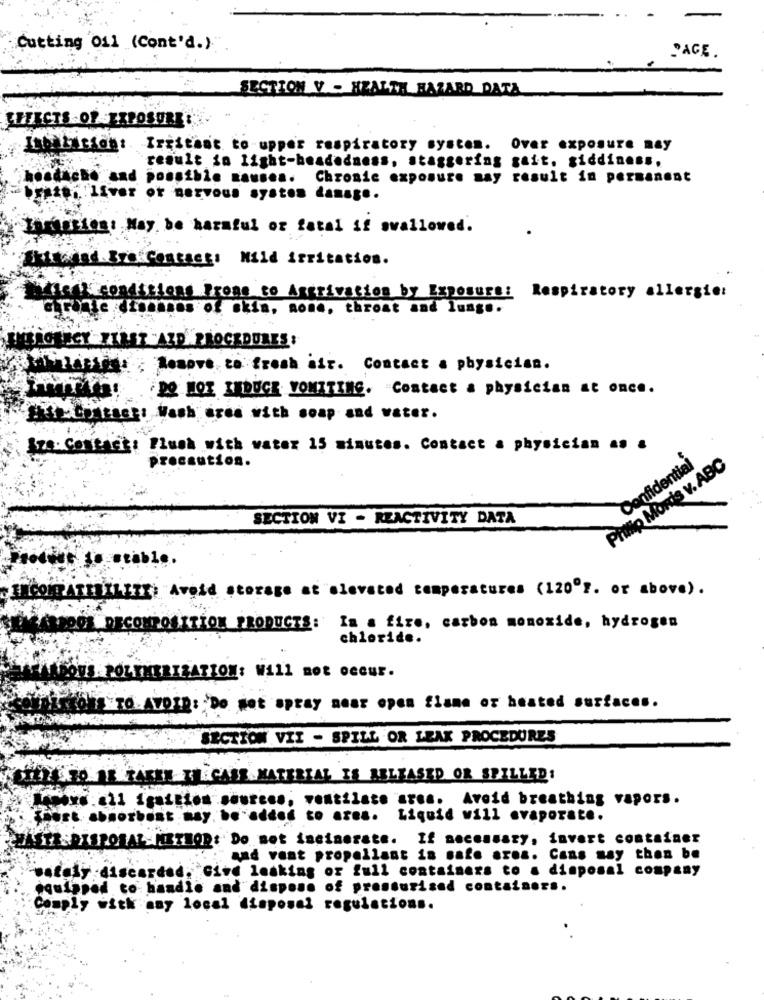
Cutting Oil (Cont'd.).
PAGE.
SECTION V - HEALTH BAZARD DATA
EFFECTS OF EXPOSURE:
Irritant to-upper respiratory system. Over exposure may
`result in light-headedness, staggering gait. giddiness.
Chronic exposure may result in permanent
to" liver or nervous system damage.
Ihrskien: May. be harmful or fatal if swallowed.
Traind.Br .. Contact: Mild irritation.
Stiens Prone to Ascrivacion by Exposure:
Respiratory allergie:
unos of skin, Rome, throat and lung ..
"AID PROCEDURES :
Mosove to fresh air. Contact a physicist.
DO HOZ INDUCE VOMITING. Contact a physician at once.
fhis Courseg: Wash ures with soap and water.
Sze Contact: Plush with water 15 minutes. Contact a physician as &
precaution.
Philip Morris v. ABC
Confidential
SECTION VI - REACTIVITY DATA
3X: Avoid storage at elevated temperatures (120º ?. or above).
2001 DECOMPOSITION PRODUCTS: In a fire, carbon monoxide, hydrogen
chloride.
LEHERIZATION: Will not occur.
TO.AVOIR: Do Not spray near open flame or heated surfaces.
SECTION VII - SPILL OR LEAK PROCEDURES
I WCALE MATERIAL IS RELEASED OR SPILLED!
word. all ignition sources, ventilate area. Avoid breathing vapors.
*hust absorbent may be added to azes. Liquid will evaporate.
ASTE DISPORAL-METHOD: Do not ineinerate. If necessary, invert container
and vent propellant is safe area. Cans may then be
-safely discarded, Give leaking or full containers to a disposal company
oquipped to handle and dispose of pressurised containers.
Comply with any local disposal regulations.